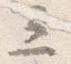
三